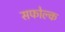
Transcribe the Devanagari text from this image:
सफोल्क